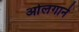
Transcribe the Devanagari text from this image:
ओलगाने